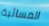
المسائية